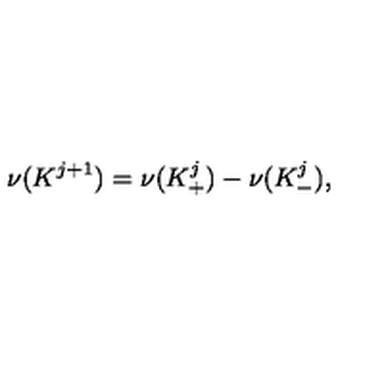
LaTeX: \nu ( { K ^ { j + 1 } } ) = \nu ( { K _ { + } ^ { j } } ) - \nu ( { K _ { - } ^ { j } } ) ,